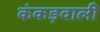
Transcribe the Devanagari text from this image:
कंकड़वाली